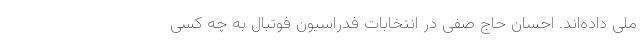
ملی داده‌اند. احسان حاج صفی در انتخابات فدراسیون فوتبال به چه کسی